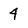
Character: 4